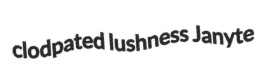
clodpated lushness Janyte